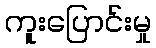
ကူးပြောင်းမှု